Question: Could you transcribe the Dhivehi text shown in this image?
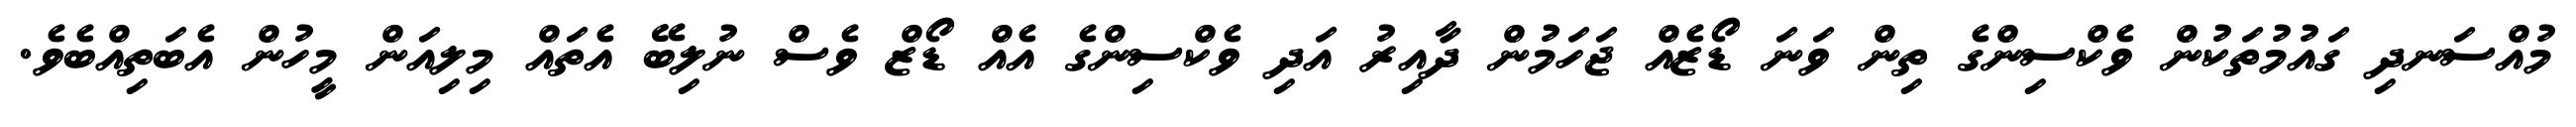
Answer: މުއްސަނދި ގައުމުތަކުން ވެކްސިންގެ ތިން ވަނަ ޑޯޒެއް ޖަހަމުން ދާއިރު އަދި ވެކްސިންގެ އެއް ޑޯޒް ވެސް ނުލިބޭ އެތައް މިލިއަން މީހުން އެބަތިއްބެވެ.